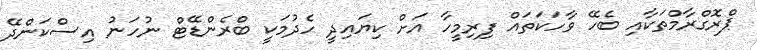
ޕްރޮގްރާމްތަކާއި ބެހޭ ވާހަކަތައް ފިރިމީހާ އަށް ކިޔައިދީ ހެދުމަކީ ބްރެންޑޭޓް ނުހަނު އިސްކަންދޭ